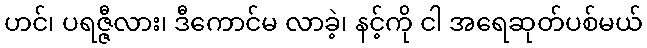
ဟင်၊ ပရဇ္ဇီလား၊ ဒီကောင်မ လာခဲ့၊ နင့်ကို ငါ အရေဆုတ်ပစ်မယ်